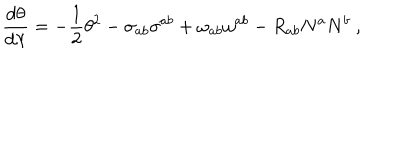
\frac { d \theta } { d \lambda } = - \frac { 1 } { 2 } \theta ^ { 2 } - \sigma _ { a b } \sigma ^ { a b } + \omega _ { a b } \omega ^ { a b } - R _ { a b } N ^ { a } N ^ { b } \ ,